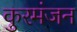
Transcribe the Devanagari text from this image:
कुरमंजन